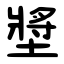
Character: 墏